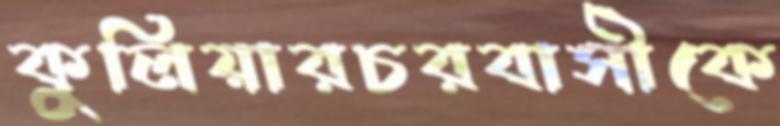
কুলিয়ারচরবাসীকে